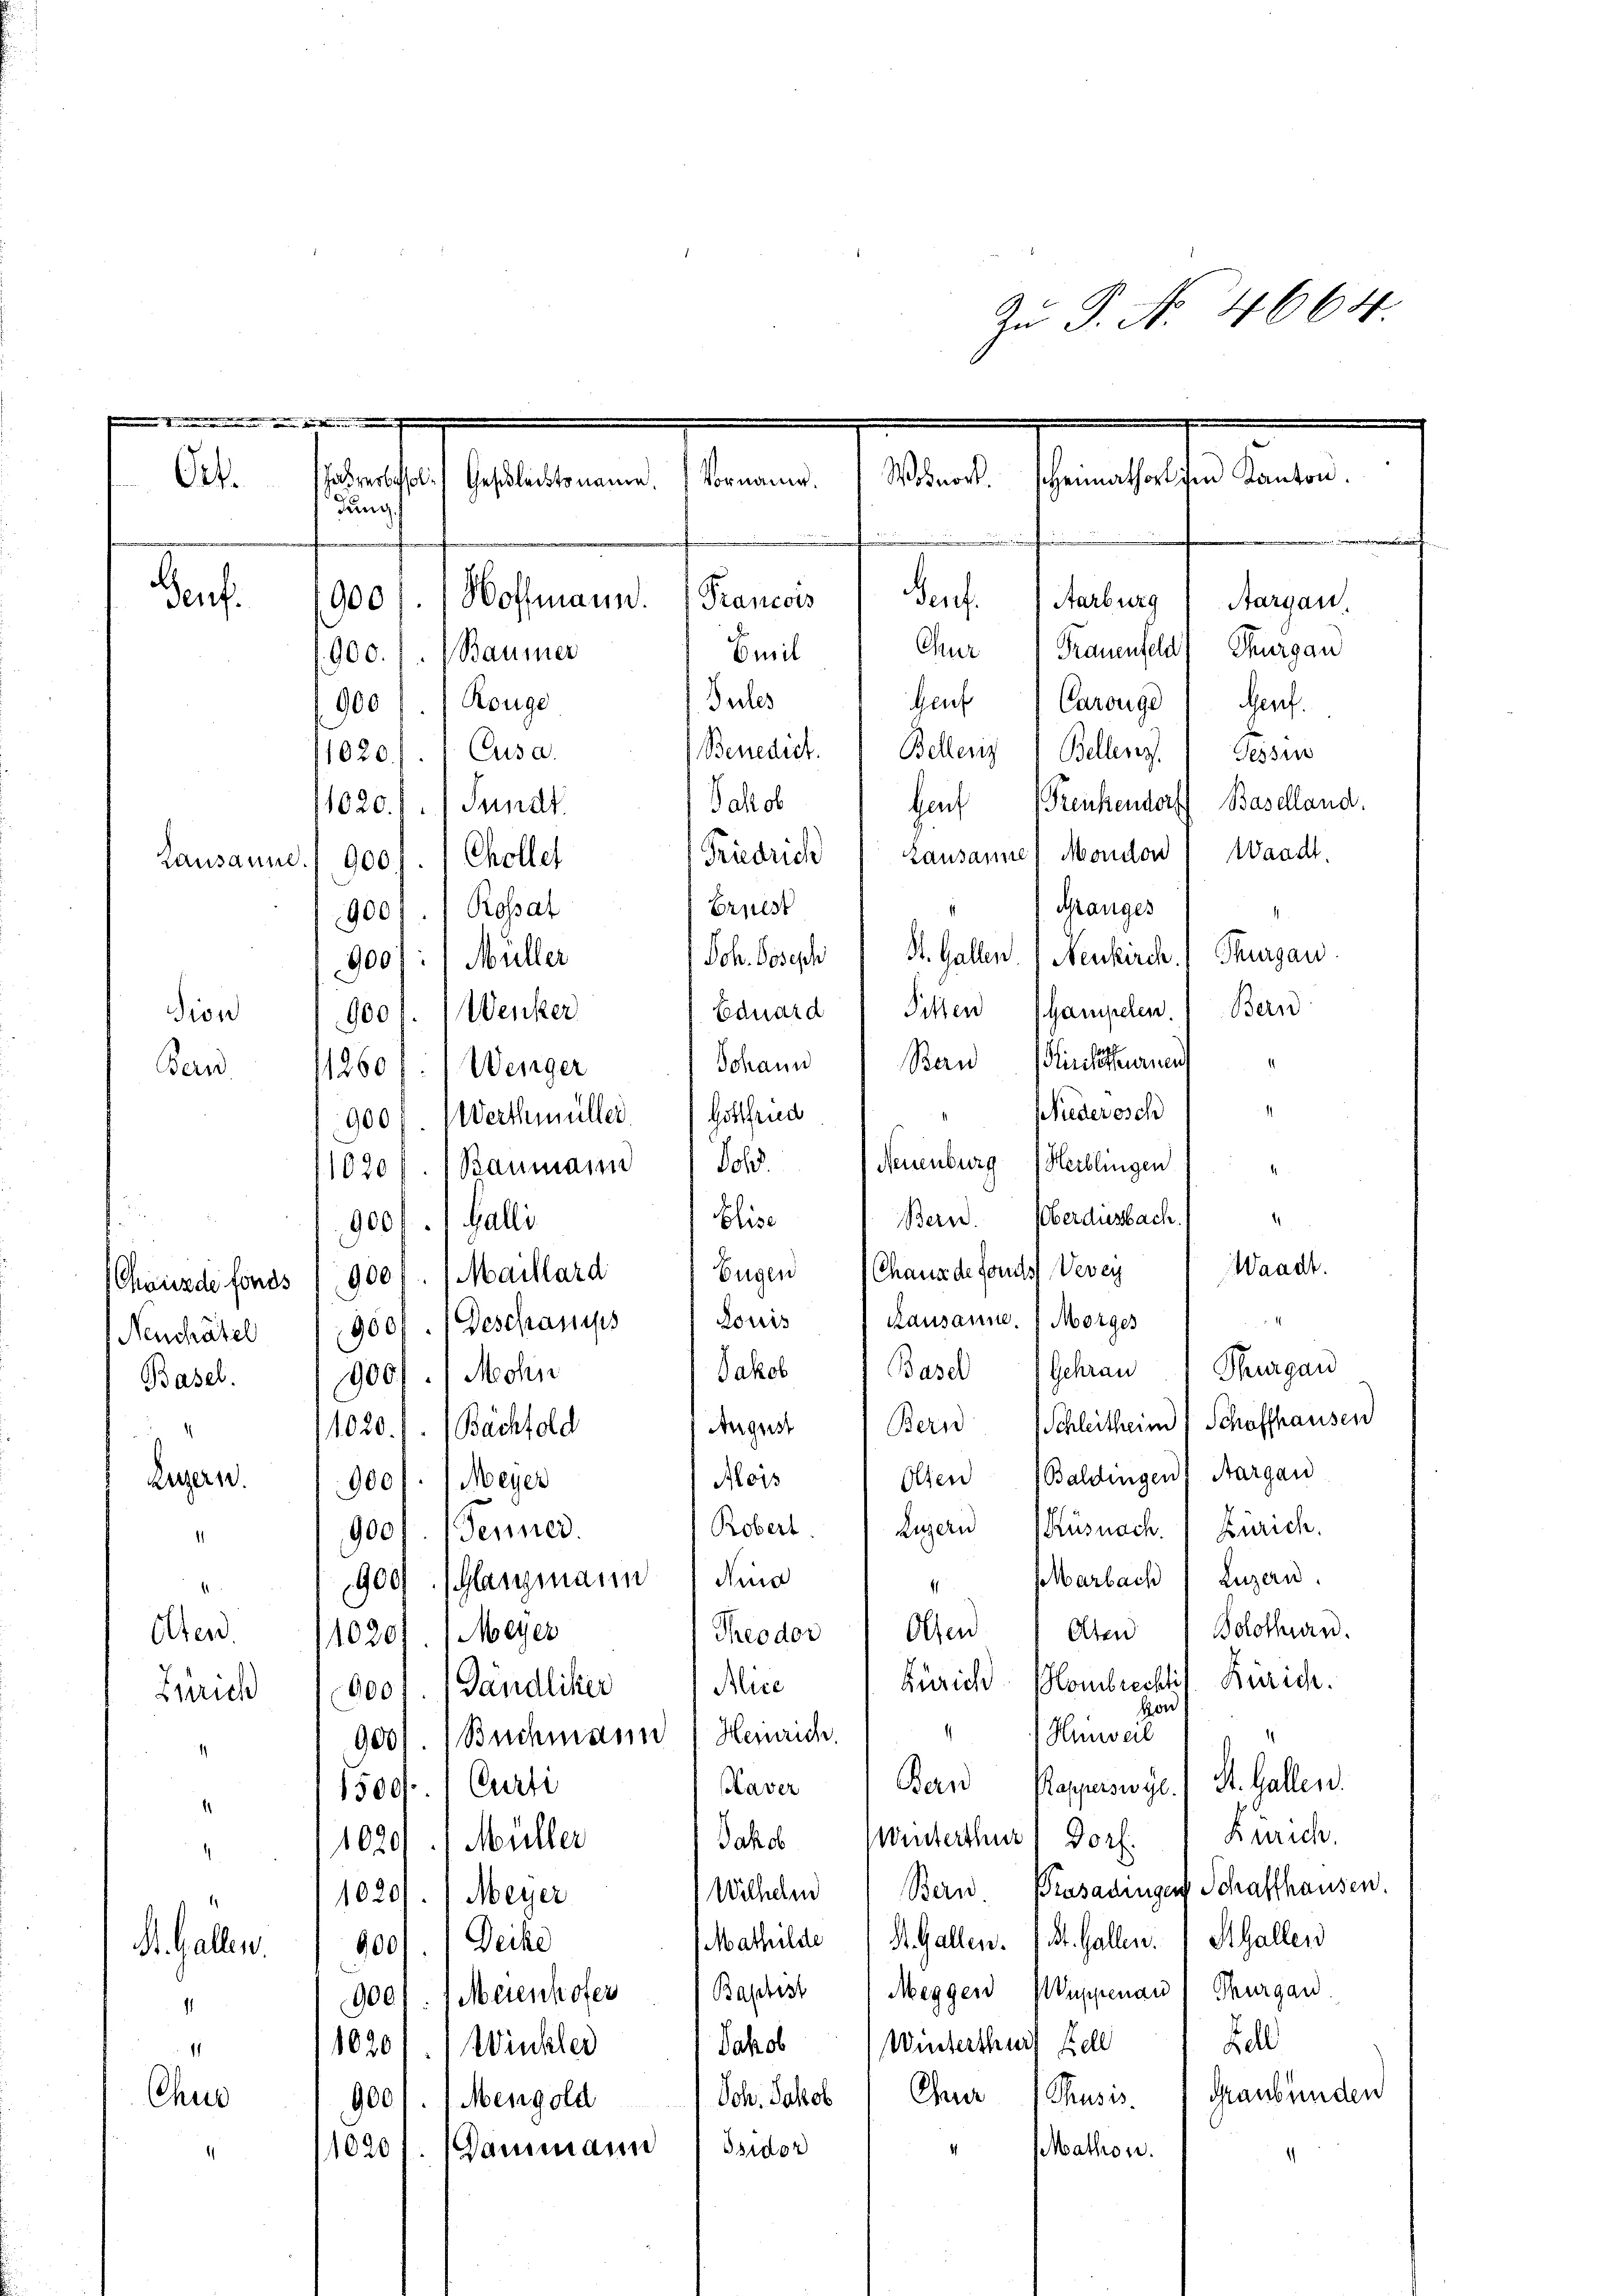
Zu P. No 4664

Vornannt.
uns sein
dung
Francois
900/. (Hoffmann.
Emil
900.) Baumer
Pules
Rouge
900

sanstalt ein

.
enf.
Aarburg (Aargau
Chur Frauenfeld) Thurgau
Gent Carouge, Genf.
Tessin
1020.) Cusa.
Bellenz.
Genf (renkendorf Baselland.
1020. f. Sandt
Lausanne) Mondon ( Waadt.
Chollet
900
1
Ganges
9001.) Rossat
Sch. Joseph St. Gallen.) Neukirch. Thurgau
9001:) Müller
Bern
Eduard " Pitten (Gampelen.
Wenker
900.
Ban Plinisthurnen
1260). Wenger
Miederosch
9007. Werthmüller.
Neuenburg (Heiblingen
Jold.
1020 f. 1 Baumann
1
Oberdiesbach.
Bern.
900 f. 1. Galli
Waadt.
Eugen Chaus de forts Vevey
9007. 1 Maillard
Rausanne. (Morges
960. (Beschanups
Thurgau
Basel Gehrau
Mohn
900
Schleitheim Schaffhausen
Bern
1020.7. (Bachtold
Baldingen, Aargau
Osen
Mois
9001. 1 Meyer
Pfe
Luzern
Robert.
Zürich.
Ausnach.
900. Fenner.
Luzern.
dina
Marbach
900 (Glasgmann
b
Bolothurn.
Olten
Aten
Meyer
Theodor
1020
Zürich. Hombrechtis Zürich.
Alice
0001. (Gändliker
von
¬
Hinweil
9001. Buchmann (Heinrich.
St. Gallen.
Bern
Kapperswyl.
aver
1500, Curti
Winterthur 1 Dorf. 1 Zürich.
Jakob
Müller
1020
Wilhelm Bern Prasadingen Schaffhausen.
1020// Meyer
S. Gallen. (St. Gallen. 1 StGaller
Mathildte
900). Decke
9001. 1 Meienhofer Baptist 1 Meggen Wappenau) Thurgau.
Fell
Winterthur Kell
Jakob
1020.) Winkler
Graubünden
Chur
Thusis.
Sch. Jakob
900/1 Mengold
4
Dammann ( Isidor
Mathon.
1020
¬

Wohnort.

Ort.

Benedict. Bellenz
Fall ob
Friedrich
Bruede
Johann
Gottfried

Den.

Lausanne

sion
Ba

Elise
Louis
Jakob
August

Chwürde fonds
Neuchâtel
Basel.
Luzern.

4
Olten.
Zürich

¬
1
St. Gallen.
1
1

Chus